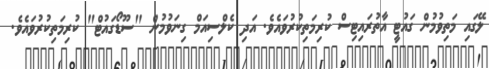
ލޭގައި މަތިވުމުން ގައުޓީ އާތުރައިޓިސް ކުރިމަތިކުރުވައެވެ. އަދި ކެލްސިއަމް ގިނަވުމުން "ސޫޑޯގައުޓް" ކުރިމަތިކުރުވައެވެ.